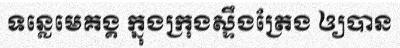
ទន្លេមេគង្គ ក្នុងក្រុងស្ទឹងត្រែង ឲ្យបាន